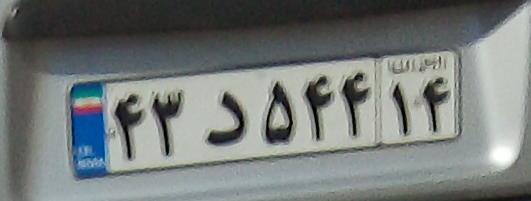
۴۳د۵۴۴۱۴